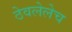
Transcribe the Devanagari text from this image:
ठेवलेलेच